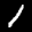
Label: 1